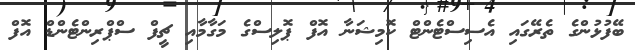
ބޭފުޅުންގެ ތެރޭގައި އެސިސްޓެންޓް ކޮމިޝަނާ އޮފް ޕޮލިސްގެ މަގާމާއި ޗީފް ސްޕްރިންޓެންޑް އޮފް